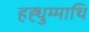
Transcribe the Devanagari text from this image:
हह्धुम्माथि